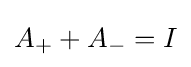
A_{+}+A_{-}=I